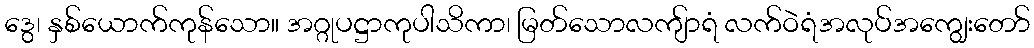
ဒွေ၊ နှစ်ယောက်ကုန်သော။ အဂ္ဂုပဋ္ဌာကုပါသိကာ၊ မြတ်သောလကျ်ာရံ လက်ဝဲရံအလုပ်အကျွေးတော်